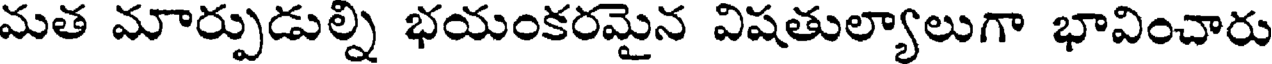
మత మార్పుడుల్ని భయంకరమైన విషతుల్యాలుగా భావించారు